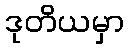
ဒုတိယမှာ